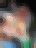
থ